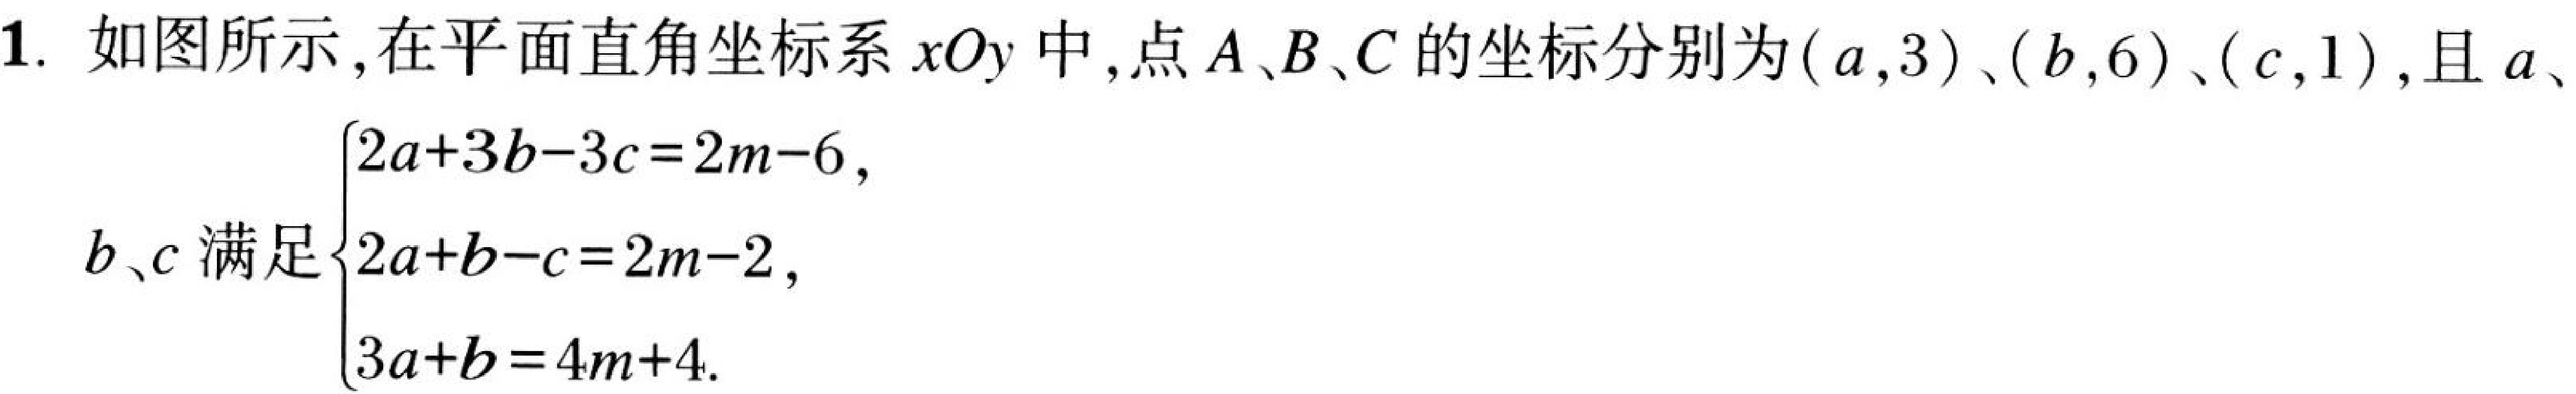
1. 如图所示,在平面直角坐标系\(xOy\)中,点\(A、B、C\)的坐标分别为\((a,3)\)、\((b,6)\)、\((c,1)\),且\(a、\)
\(b、c\)满足\(\begin{cases}2a + 3b-3c = 2m-6,\\2a + b - c = 2m-2,\\3a + b = 4m + 4.\end{cases}\)